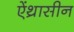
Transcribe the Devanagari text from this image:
ऐंथ्रासीन